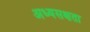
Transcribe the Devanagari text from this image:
अध्यसक्षता